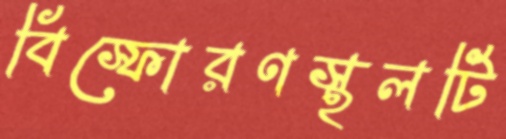
বিস্ফোরণস্থলটি